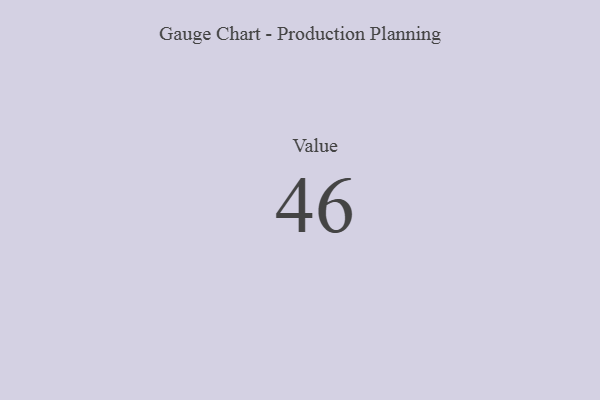
{"axis": {"x": "Metric", "y": "Value"}, "legend": [""], "data": [{"x": "Value", "y": 46, "type": ""}]}